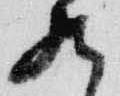
九